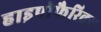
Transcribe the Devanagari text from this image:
हाइपोफैरिक्स